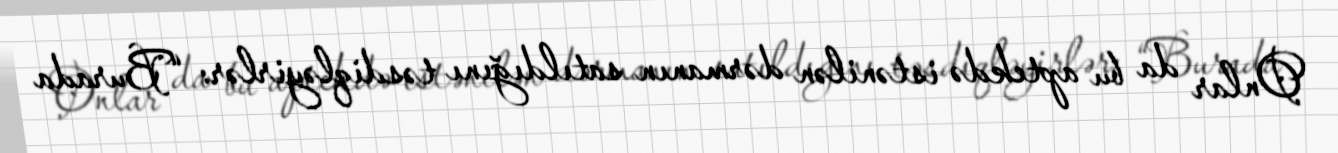
Onlar da bu aptekdə istənilən dərmanın satıldığını təsdiqləyirlər: “Burada